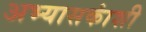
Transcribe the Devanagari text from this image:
अभ्यासकांशी